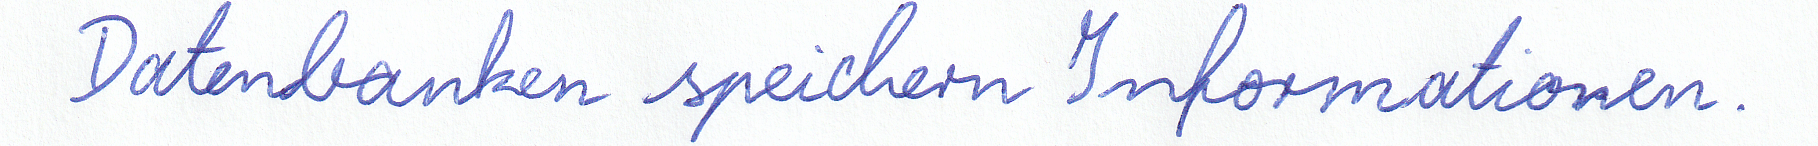
Datenbanken speichern Informationen.